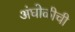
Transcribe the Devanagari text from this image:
अंघोळीची